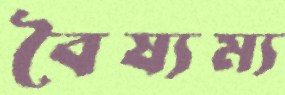
বৈষ্যম্য